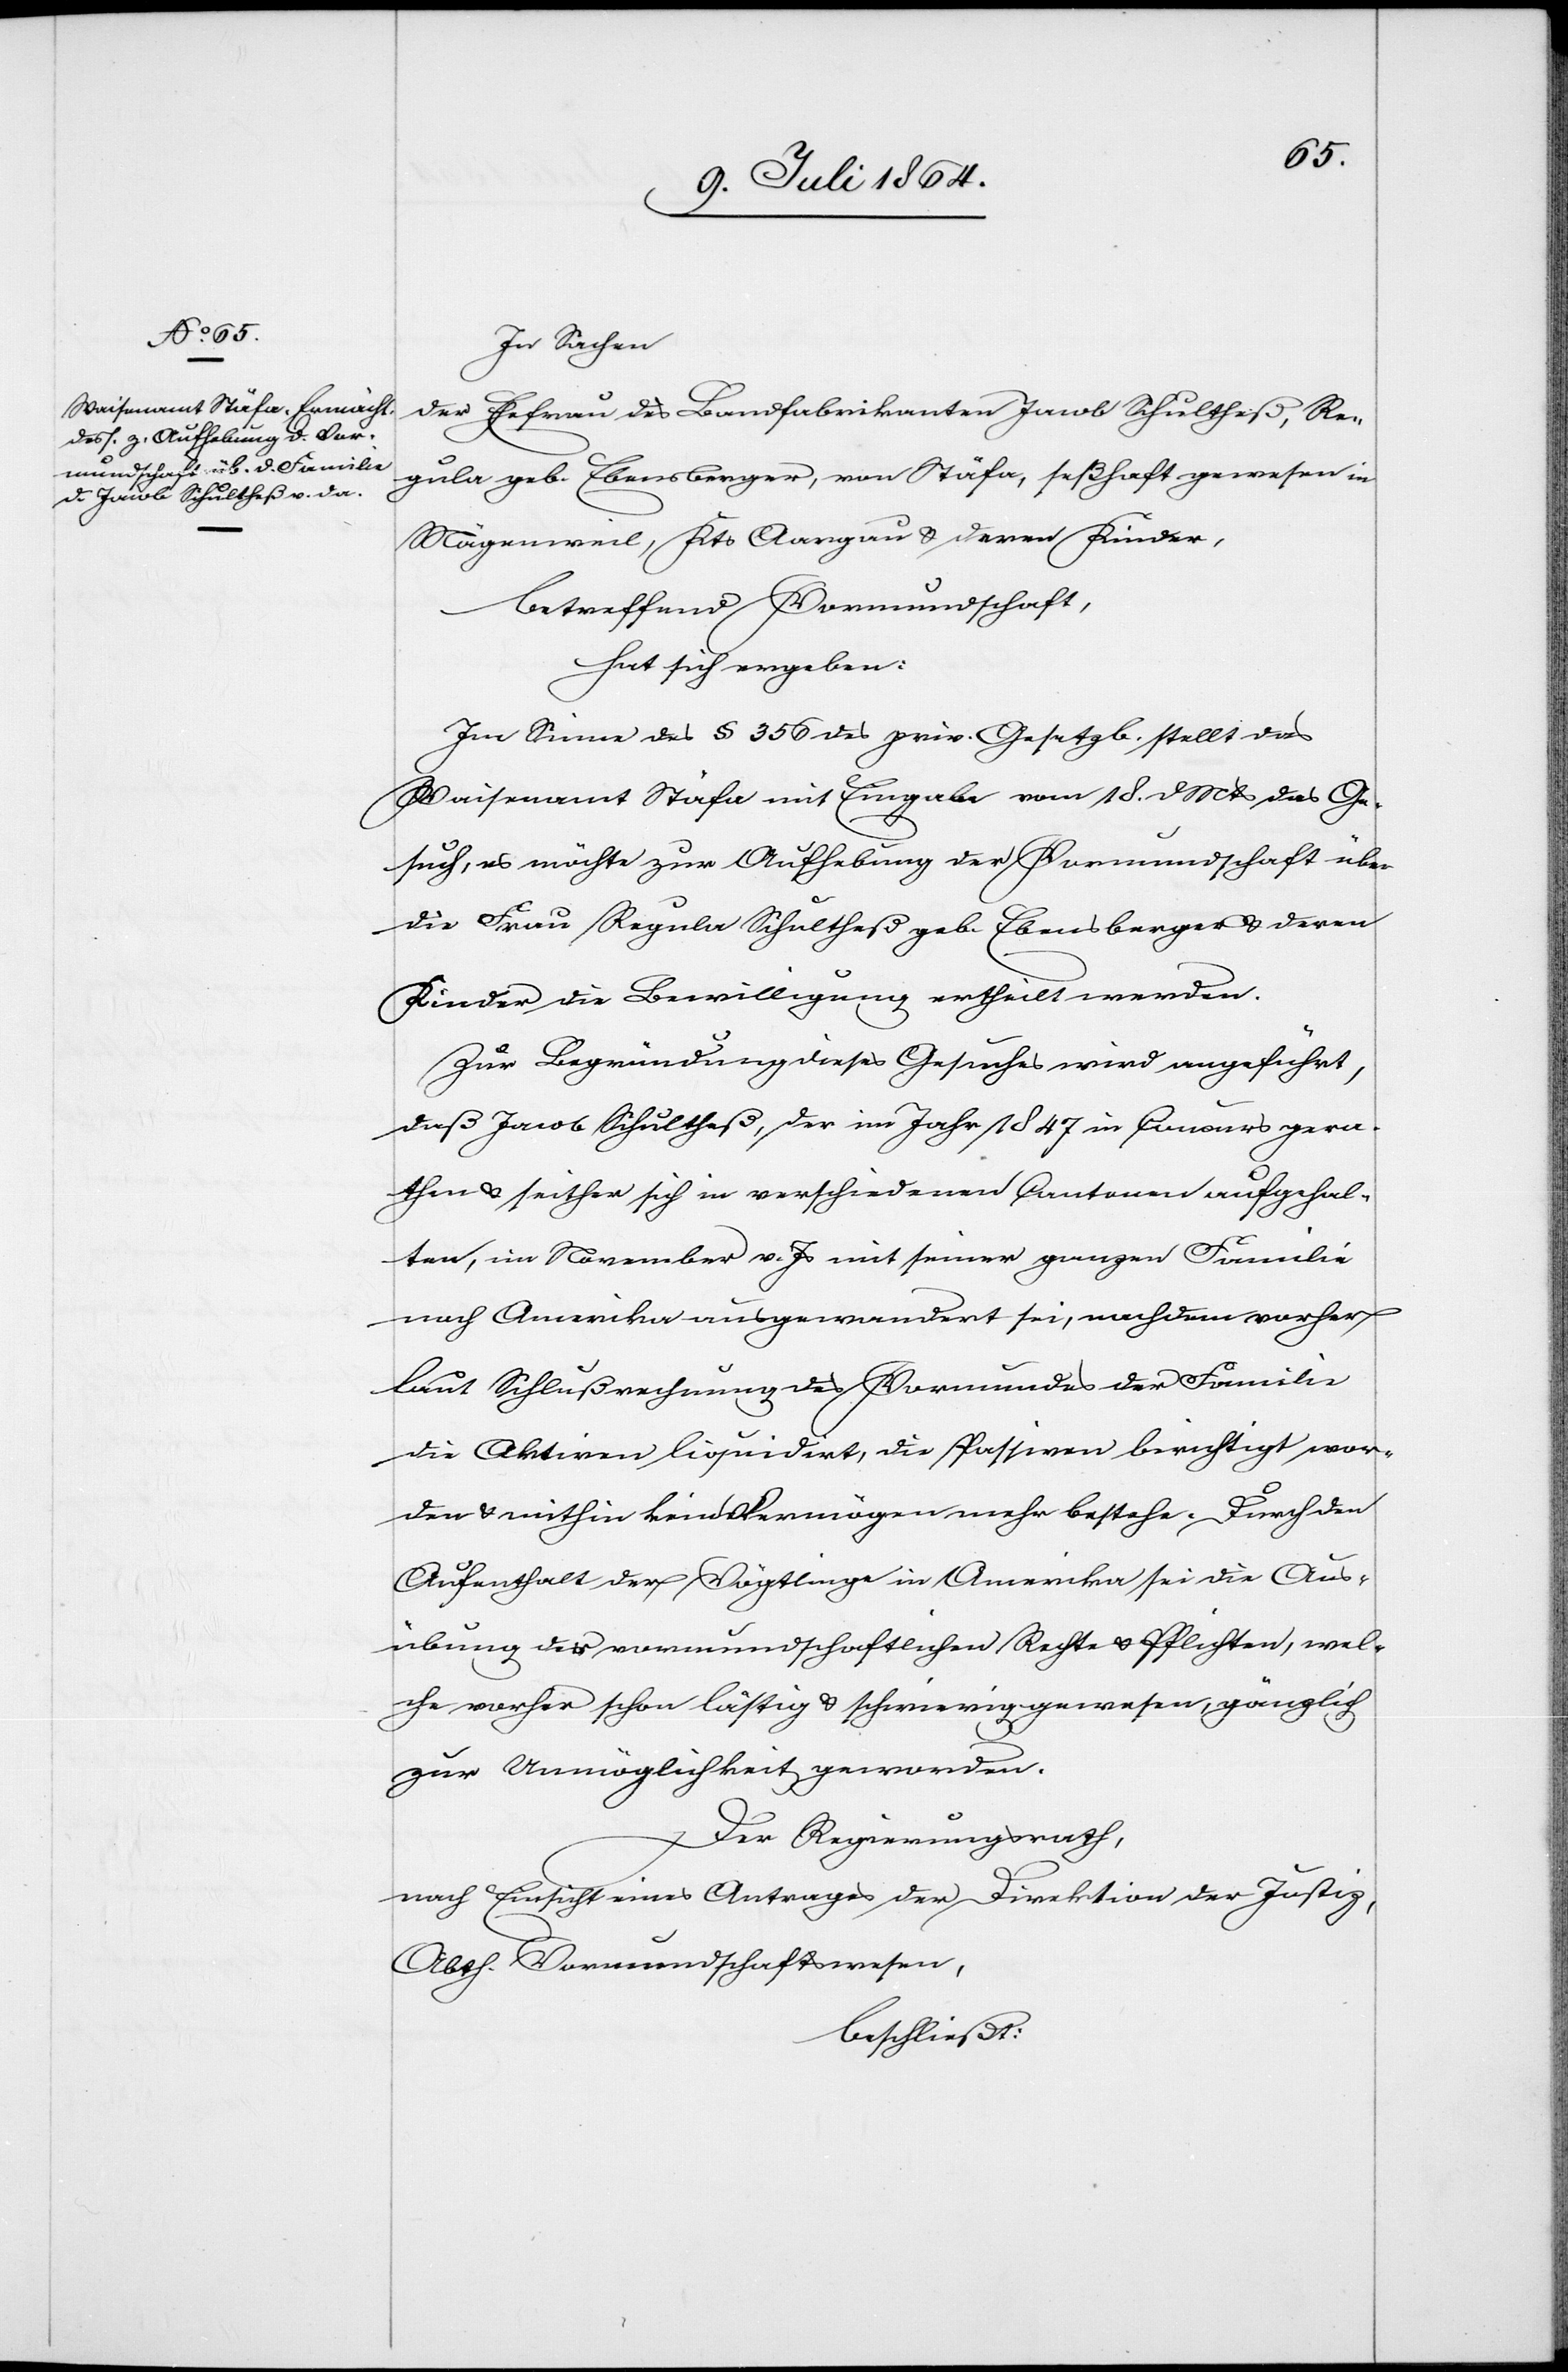
In Sachen
der Ehefrau des Landfabrikanten Jacob Schultheß, Re¬
gula geb. Ebensberger, von Stäfa, seßhaft gewesen in
Mägenweil, Kts Aargau u. deren Kinder,
betreffend Vormundschaft,
hat sich ergeben:
Im Sinne des § 356 des priv. Gesetzb. stellt das
Waisenamt Stäfa mit Eingabe vom 18. d. Mts. das Ge¬
such, es möchte zur Aufhebung der Vormundschaft über
die Frau Regula Schultheß geb. Ebensberger u. deren
Kinder die Bewilligung ertheilt werden.
Zur Begründung dieses Gesuches wird angeführt,
daß Jacob Schultheß, der im Jahr 1847 in Concurs gera¬
then u. seither sich in verschiedenen Cantonen aufgehal¬
ten, im November v. Js. mit seiner ganzen Familie
nach Amerika ausgewandert sei, nachdem vorher
laut Schlußrechnung des Vormundes der Familie
die Aktiven liquidirt, die Passiven berichtigt wor¬
den u. mithin kein Vermögen mehr bestehe. Durch den
Aufenthalt der Vögtlinge in Amerika sei die Aus¬
übung der vormundschaftlichen Rechte u. Pflichten, wel¬
che vorher schon lästig u. schwierig gewesen, gänzlich
zur Unmöglichkeit geworden.
Der Regierungsrath,
nach Einsicht eines Antrages der Direktion der Justiz,
Abth. Vormundschaftswesen,
beschließt: